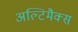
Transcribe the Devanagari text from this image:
अल्टिमैक्स